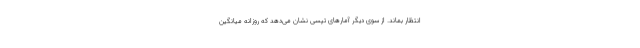
انتظار بماند. از سوی دیگر آمارهای تپسی نشان می‌دهد که روزانه میانگین